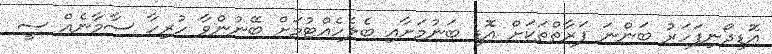
އޮޑިދޯނިފަހަރު ބަންނަ ފަރާތްތަކަށް އޮޑި ބަނުމަށާއި ބެލެހެއްޓުމަށް ބޭނުންވާ ހުރިހާ ސާމާނެއް ސީ